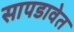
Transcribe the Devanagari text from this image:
सापडावेत